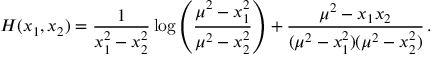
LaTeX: H ( x _ { 1 } , x _ { 2 } ) = \frac { 1 } { x _ { 1 } ^ { 2 } - x _ { 2 } ^ { 2 } } \log \left( \frac { \mu ^ { 2 } - x _ { 1 } ^ { 2 } } { \mu ^ { 2 } - x _ { 2 } ^ { 2 } } \right) + \frac { \mu ^ { 2 } - x _ { 1 } x _ { 2 } } { ( \mu ^ { 2 } - x _ { 1 } ^ { 2 } ) ( \mu ^ { 2 } - x _ { 2 } ^ { 2 } ) } \, .